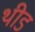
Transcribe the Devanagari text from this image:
थीड